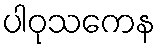
ပါဝုသကေန